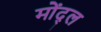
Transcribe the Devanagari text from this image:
मोंद्ल